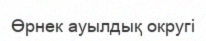
Өрнек ауылдық округі